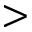
>